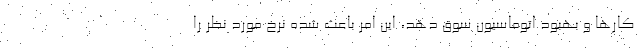
کارها و بهبود اتوماسیون سوق دهد، این امر باعث شده نرخ مورد نظر را